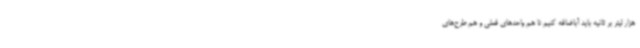
هزار لیتر بر ثانیه باید آباضافه کنیم تا هم واحدهای فعلی و هم طرح‌های